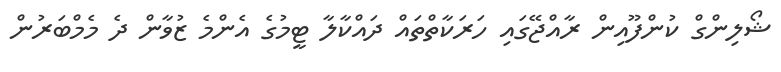
ޝޯލިންގް ކުންފޫއިން ރާއްޖޭގައި ހަރަކާތްތައް ދައްކާލާ ޓީމުގެ އެންމެ ޒުވާން ދެ މެމްބަރުން